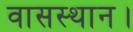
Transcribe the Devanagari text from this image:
वासस्थान।